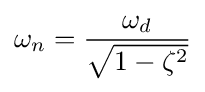
\omega _{n}={\frac {\omega _{d}}{\sqrt {1-\zeta ^{2}}}}